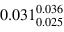
0 . 0 3 1 _ { 0 . 0 2 5 } ^ { 0 . 0 3 6 }